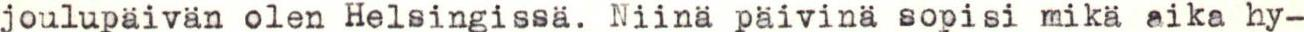
joulupäivän olen Helsingissä. Niinä päivinä sopisi mikä aika hy-